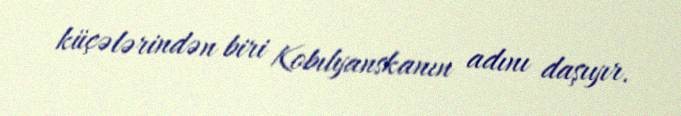
küçələrindən biri Kobılyanskanın adını daşıyır.